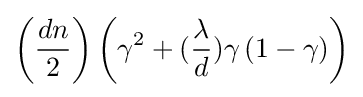
\left({\dfrac {dn}{2}}\right)\left(\gamma ^{2}+({\dfrac {\lambda }{d}})\gamma \left(1-\gamma \right)\right)